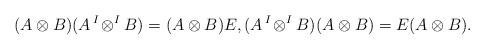
LaTeX: \begin{align*}(A\otimes B)(A\,{}^I\!\otimes^IB) = (A\otimes B)E, (A\,{}^I\!\otimes^IB)(A\otimes B) = E(A\otimes B).\end{align*}